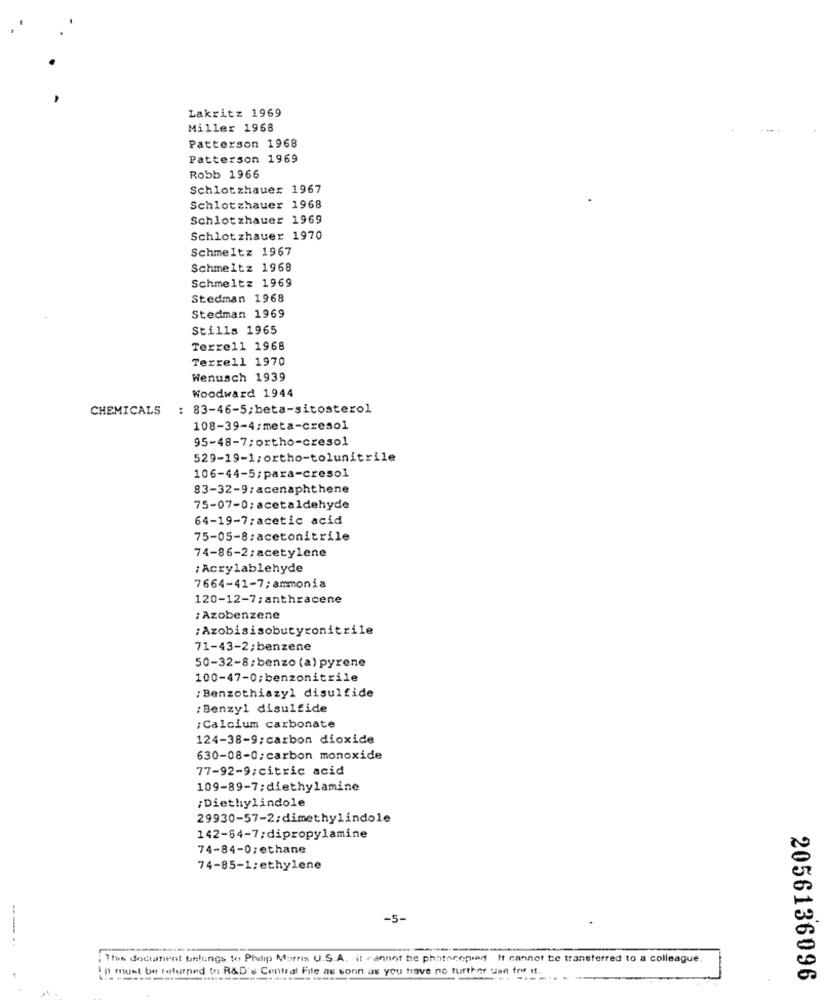
Lakritz 1969
Miller 1968
Patterson 1968
Patterson 1969
Robb 1966
Schlotzhauer 1967
Schlotzhauer 1968
Schlotzhauer 1969
Schlotzhauer 1970
Schmeltz 1967
Schmeltz 1968
Schmeltz 1969
Stedman 1968
Stedman 1969
Stills 1965
Terrell 1968
Terrell 1970
Wenusch 1939
Woodward 1944
CHEMICALS
: 83-46-5;beta-sitosterol
108-39-4:meta-cresol
95-48-7;ortho-cresol
529-19-1;ortho-tolunitrile
106-44-5;para-cresol
83-32-9:acenaphthene
75-07-0;acetaldehyde
64-19-7;acetic acid
75-05-8:acetonitrile
74-86-2;acetylene
: Acrylablehyde
7664-41-7;ammonia
120-12-7;anthracene
;Azobenzene
: Azobisisobutyronitrile
71-43-2;benzene
50-32-8:benzo (a) pyrene
100-47-0;benzonitrile
: Benzothiazyl disulfide
: Benzyl disulfide
¡Calcium carbonate
124-38-9;carbon dioxide
630-08-0;carbon monoxide
77-92-9;citric acid
109-89-7;diethylamine
;Diethylindole
29930-57-2:dimethylindole
142-64-7;dipropylamine
74-84-0;ethane
74-85-1:ethylene
-5-
---
This document unlungs to Philip Morris U.S.A. it cannot be photocopied It cannot be transferred to a colleague.
I must be returned to R&D's Central File as soon as you have no further use fryf 1.
2056136096